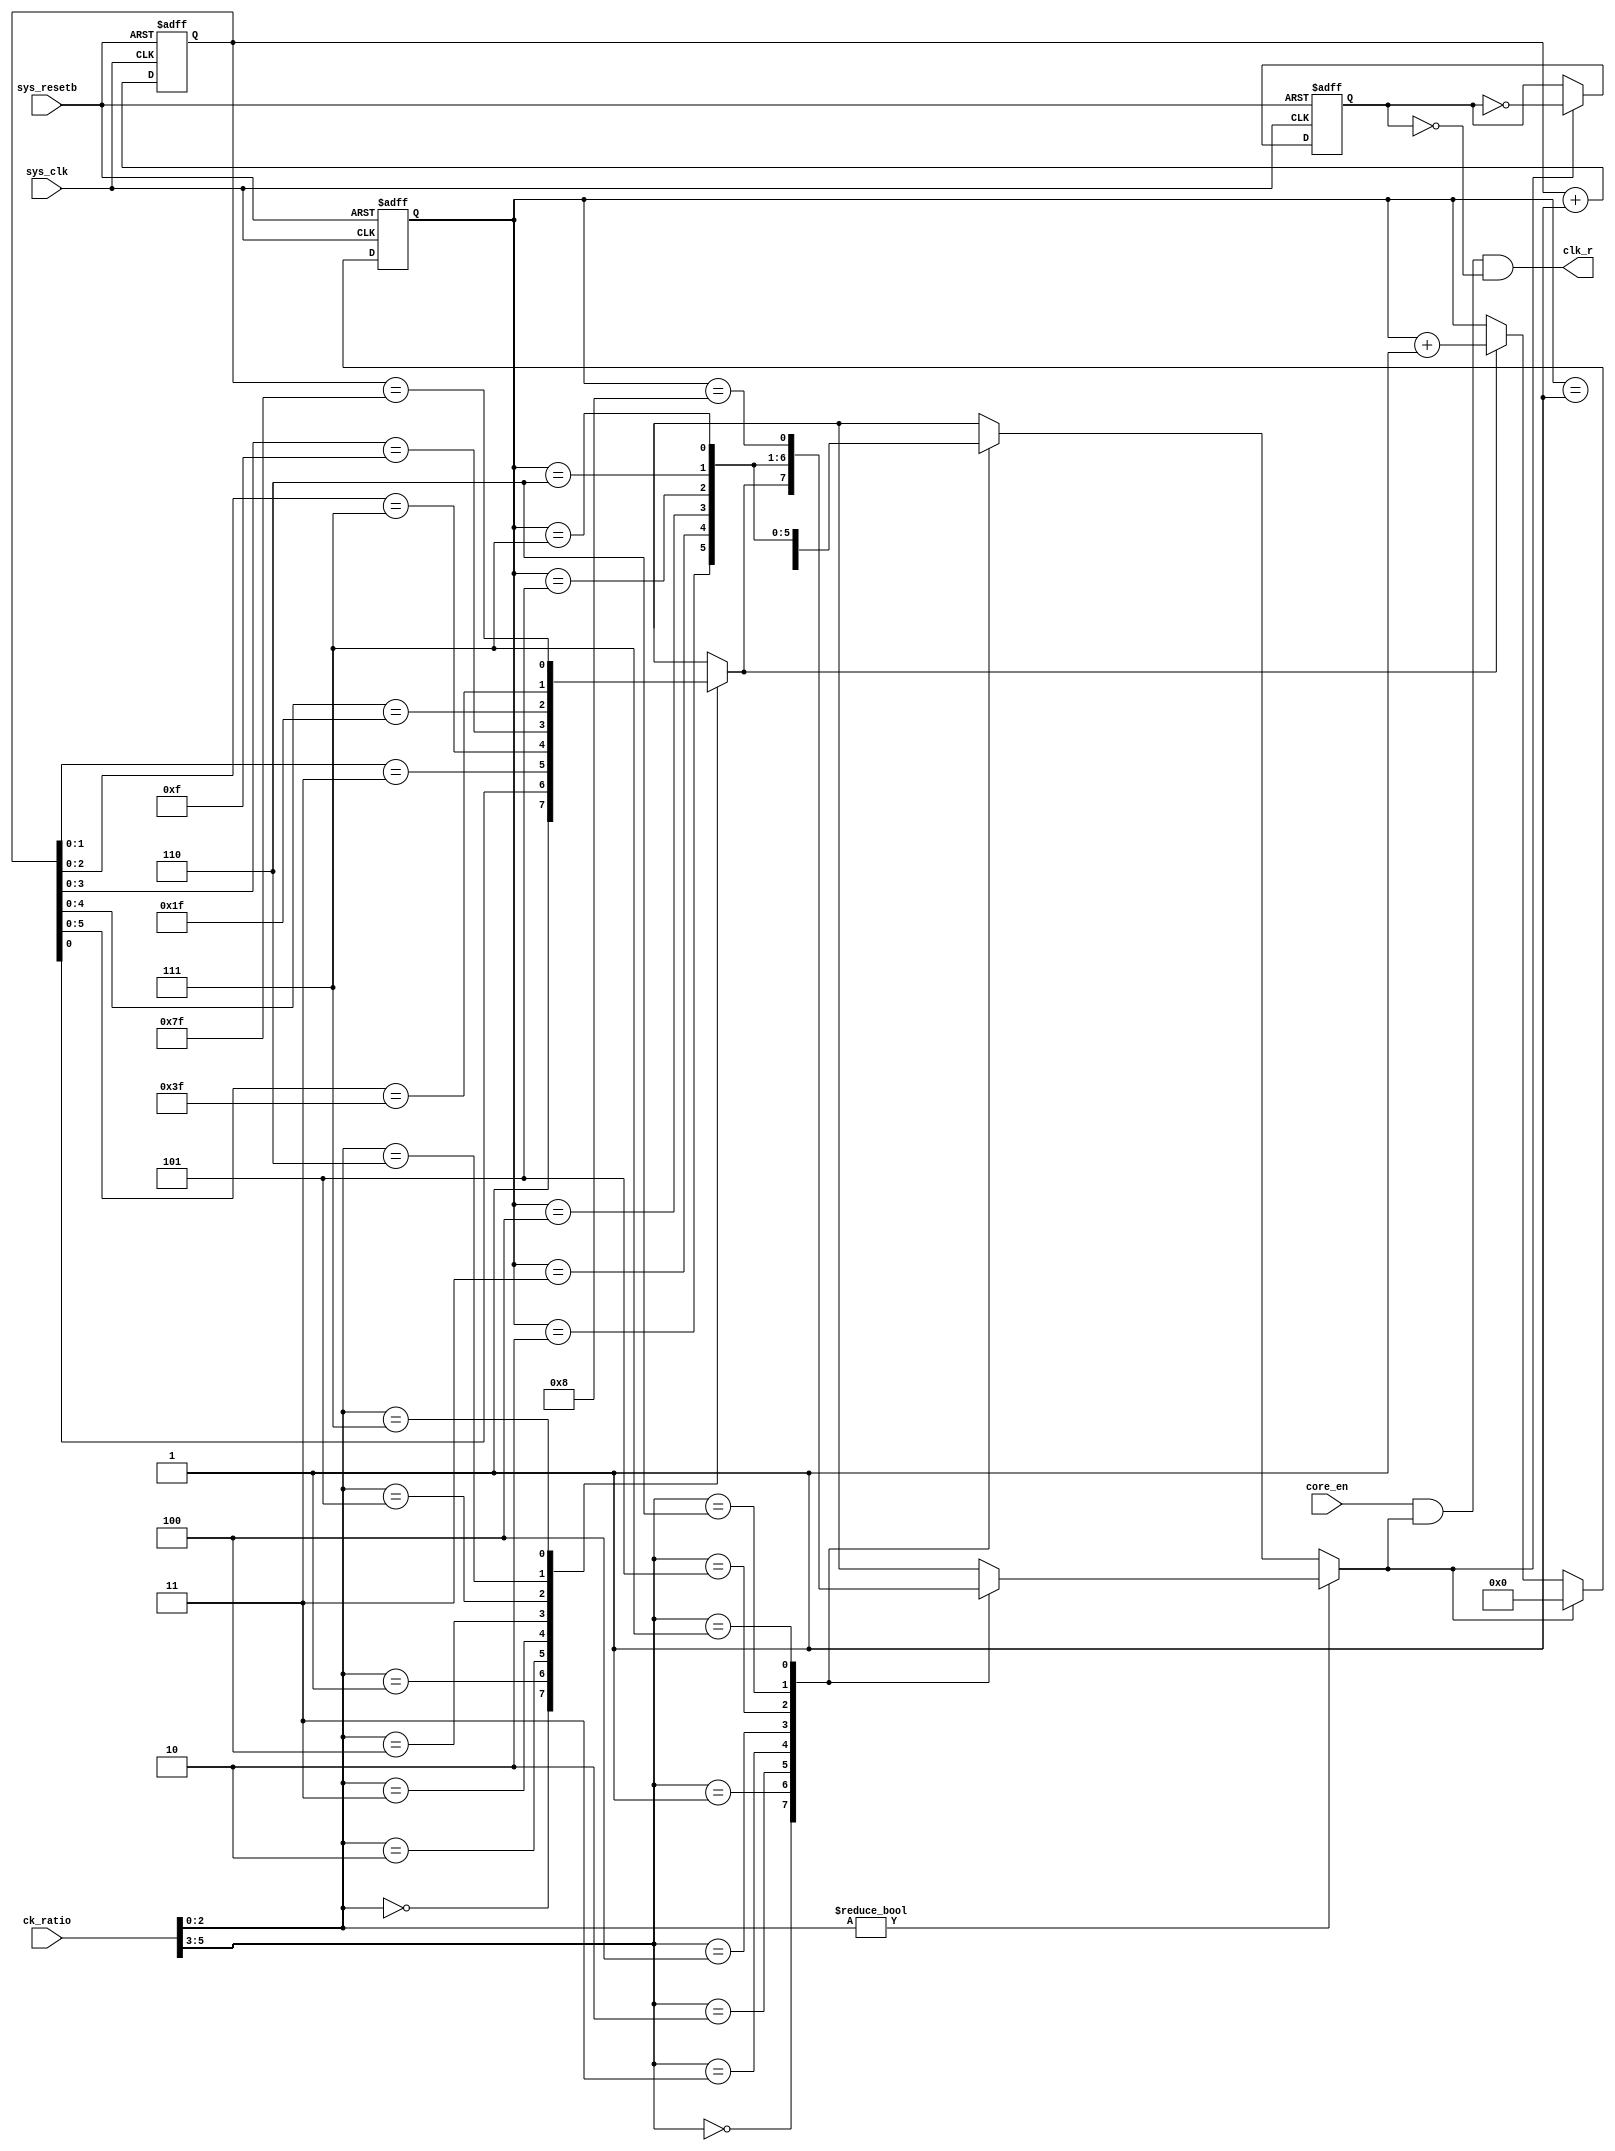
//*******************************************************************//
// Copyright (c) 2006-2013  Naoplus Co., Ltd.                        //
//*******************************************************************//
//*******************************************************************//
// Please review the terms of the license agreement before using     //
// this file. If you are not an authorized user, please destroy this //
// source code file and notify Naoplus Co., Ltd. immediately         //
// that you inadvertently received an unauthorized copy.             //
//*******************************************************************//
//-------------------------------------------------------------------//
// Project name         : MiCSoC                                     //
// Project description  :                                            //
//                                                                   //
// Purpose              : HLCP clock divider                          //
//                                                                   //
//-------------------------------------------------------------------//
//*******************************************************************//

module hlcp_divider (sys_clk,
                    sys_resetb,
                    ck_ratio,
                   // clkout,
                    clk_r,
                   // clk_f,
                    core_en
                    );

// clkout = ( ck_raio[5:3]+1)x2^(ck_ratio[2:0]+1)

input       sys_clk;    // clock input for divider
input       sys_resetb; // APB reset
input [5:0] ck_ratio;   // sys_clk to clkout ratio setting
output      clk_r;      // divided clk rising
input       core_en;    // HLCP core enable

wire        sys_clk;
wire        sys_resetb;
wire  [5:0] ck_ratio;
wire        clk_r;
wire        core_en;


// ck_ratio[2:0]
reg [6:0]   count1;
reg         div1;

always@(posedge sys_clk or negedge sys_resetb) begin
if(!sys_resetb)
  count1 <= 0;
else
  count1 <= count1+1;
end

always@(count1 or ck_ratio) begin
  case(ck_ratio[2:0])
  3'b000: div1 = 1;                             //1
  3'b001: div1 = (count1[0]   == 1'b1);         //2
  3'b010: div1 = (count1[1:0] == 2'b11);        //4
  3'b011: div1 = (count1[2:0] == 3'b111);       //8
  3'b100: div1 = (count1[3:0] == 4'b1111);      //16
  3'b101: div1 = (count1[4:0] == 5'b11111);     //32
  3'b110: div1 = (count1[5:0] == 6'b111111);    //64
  3'b111: div1 = (count1[6:0] == 7'b1111111);   //128
  default: div1 = 1;
  endcase
end


// ck_ratio[5:3]
reg [3:0] count2;
reg       div2;

always@(posedge sys_clk or negedge sys_resetb) begin
if(!sys_resetb)
  count2 <= 0;
else if(div2)
  count2 <= 0;
else if(div1)
  count2 <= count2+1;
else
  count2 <= count2;
end

always@(div1 or count2 or ck_ratio) begin
if(ck_ratio[2:0]!=0) begin
  case(ck_ratio[5:3])
  3'b000: div2 = div1;
  3'b001: div2 = (count2 == 4'h2);
  3'b010: div2 = (count2 == 4'h3);
  3'b011: div2 = (count2 == 4'h4);
  3'b100: div2 = (count2 == 4'h5);
  3'b101: div2 = (count2 == 4'h6);
  3'b110: div2 = (count2 == 4'h7);
  3'b111: div2 = (count2 == 4'h8);
  default: div2 = div1;
  endcase
end

else begin
   case(ck_ratio[5:3])
   3'b000: div2 = div1;
   3'b001: div2 = (count2 == 4'h1);
   3'b010: div2 = (count2 == 4'h2);
   3'b011: div2 = (count2 == 4'h3);
   3'b100: div2 = (count2 == 4'h4);
   3'b101: div2 = (count2 == 4'h5);
   3'b110: div2 = (count2 == 4'h6);
   3'b111: div2 = (count2 == 4'h7);
   default: div2 = div1;
   endcase
end
end

// clkout
reg div_clk;

always@(posedge sys_clk or negedge sys_resetb) begin
if(!sys_resetb)
  div_clk <= 0;
else if(div2)
  div_clk <= ~div_clk;
else
  div_clk <= div_clk;
end

// clk_r
assign clk_r = core_en & div2 & !div_clk;

endmodule